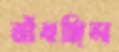
রাঁধছিল